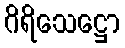
ဂိရိသေဋ္ဌော